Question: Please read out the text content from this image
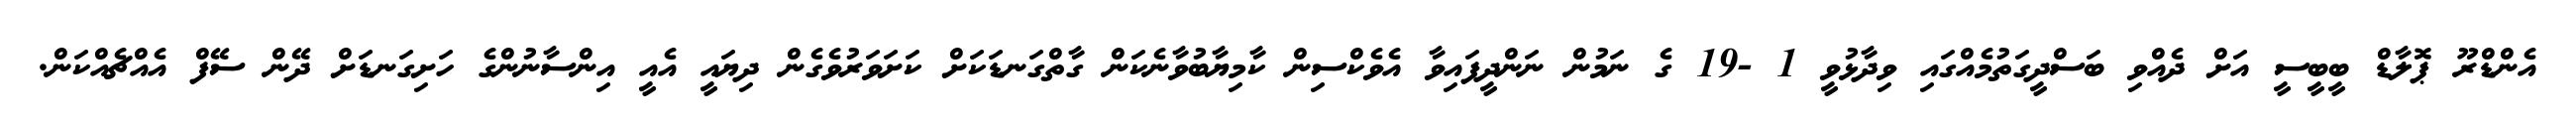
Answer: އެންޑްރޫ ޕޮލާޑް ބީބީސީ އަށް ދެއްވި ބަސްދީގަތުމެއްގައި ވިދާޅުވީ 1 -19 ގެ ނަމުން ނަންދީފައިވާ އެވެކްސިން ކާމިޔާބުވާނެކަން ގާތްގަނޑަކަށް ކަށަވަރުވެގެން ދިޔައީ އެއީ އިންސާނުންގެ ހަށިގަނޑަށް ދޭން ސޭފް އެއްޗެއްކަން.